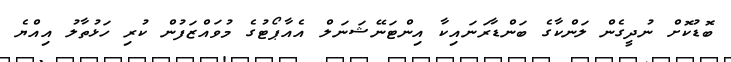
ބޮޑުކޮށް ނުދީގެން ލަންކާގެ ބަންޑާރަނައިކާ އިންޓަނޭޝަނަލް އެއާޕޯޓުގެ މުވައްޒަފުން ކުރި ހަޅުތާލު އިއްޔެ